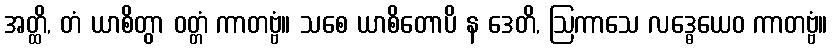
အတ္ထိ, တံ ယာစိတွာ ဝတ္တံ ကာတဗ္ဗံ။ သစေ ယာစိတောပိ န ဒေတိ, ဩကာသေ လဒ္ဓေယေဝ ကာတဗ္ဗံ။